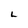
Character: L